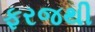
ફરજથી